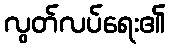
လွတ်လပ်ရေး၏